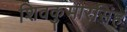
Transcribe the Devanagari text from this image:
शिवकुमारसिंह